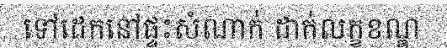
ទៅដេកនៅផ្ទះសំណាក់ ដាក់លក្ខខណ្ឌ